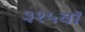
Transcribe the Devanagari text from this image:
३१५वॉ